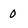
Character: 0